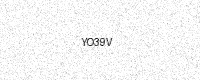
Text: YO39V